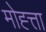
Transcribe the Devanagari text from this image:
मोह्त्ता